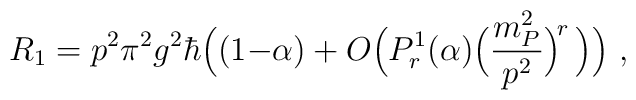
R_1 =  p^2 \pi^2 g^2 \hbar \Big( (1{-}\alpha) + O\Big( P^1_r(\alpha) \Big(\frac{m_P^2}{p^2}\Big)^{\!r}\,\Big)\Big)~,